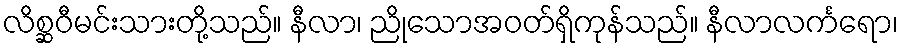
လိစ္ဆဝီမင်းသားတို့သည်။ နီလာ၊ ညိုသောအဝတ်ရှိကုန်သည်။ နီလာလင်္ကရော၊